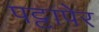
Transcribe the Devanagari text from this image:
पट्टापेर